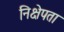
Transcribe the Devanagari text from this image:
निक्षेपता